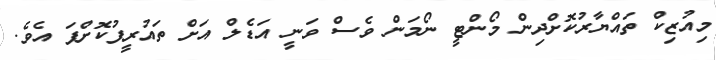
މިއުޒިކް ތައްޔާރުކޮށްދިން މޯންޓީ ނޯމަން ވެސް ވަނީ އަޑެލް އަށް ތައުރީފުކޮށްފަ އެވެ.